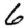
Digit: 6